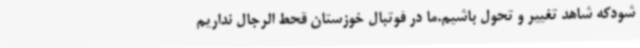
شودکه شاهد تغییر و تحول باشیم.ما در فوتبال خوزستان قحط الرجال نداریم